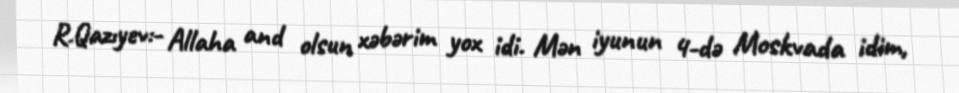
R.Qazıyev:- Allaha and olsun xəbərim yox idi. Mən iyunun 4-də Moskvada idim,